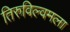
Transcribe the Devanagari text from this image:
तिरुविल्वमला